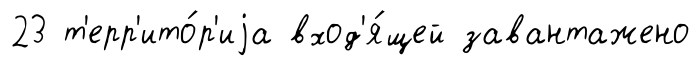
23 т'ерр'ито́р'иjа вход'я́щей завантажено